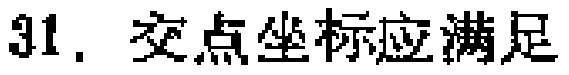
31. 交点坐标应满足